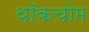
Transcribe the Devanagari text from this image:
थॉकचोम